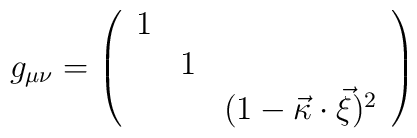
g_{\mu\nu}= \left( \begin{array}{ccc} 1 &  & \\ & 1 & \\ & &        (1-\vec{\kappa} \cdot \vec{\xi})^2  \end{array} \right)